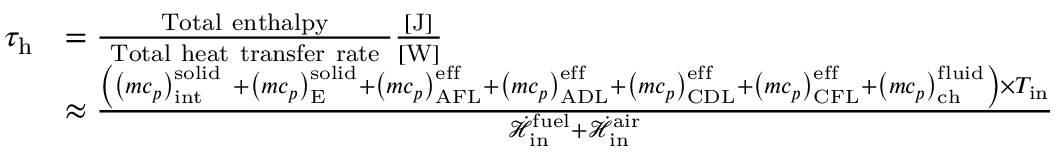
\begin{array} { r l } { \tau _ { \mathrm { h } } } & { = \frac { \mathrm { ~ T o t a l ~ e n t h a l p y ~ } } { \mathrm { ~ T o t a l ~ h e a t ~ t r a n s f e r ~ r a t e ~ } } \frac { [ \mathrm { J } ] } { [ \mathrm { W } ] } } \\ & { \approx \frac { \left( \left( m c _ { p } \right) _ { \mathrm { { i n t } } } ^ { \mathrm { s o l i d ~ } } + \left( m c _ { p } \right) _ { \mathrm { { E } } } ^ { \mathrm { { s o l i d } } } + \left( m c _ { p } \right) _ { \mathrm { A F L } } ^ { \mathrm { { e f f } } } + \left( m c _ { p } \right) _ { \mathrm { A D L } } ^ { \mathrm { { e f f } } } + \left( m c _ { p } \right) _ { \mathrm { C D L } } ^ { \mathrm { { e f f } } } + \left( m c _ { p } \right) _ { \mathrm { C F L } } ^ { \mathrm { { e f f } } } + \left( m c _ { p } \right) _ { \mathrm { c h } } ^ { \mathrm { { f l u i d } } } \right) \times T _ { \mathrm { i n } } } { \dot { \mathcal { H } } _ { \mathrm { i n } } ^ { \mathrm { f u e l } } + \dot { \mathcal { H } } _ { \mathrm { { i n } } } ^ { \mathrm { a i r } } } } \end{array}